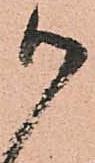
御